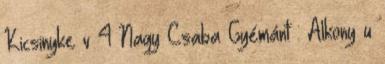
Kicsinyke v 4 Nagy Csaba Gyémánt : Alkony u